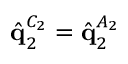
\hat { \mathbf { q } } _ { 2 } ^ { C _ { 2 } } = \hat { \mathbf { q } } _ { 2 } ^ { A _ { 2 } }